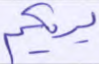
يريكم